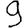
Digit: 9